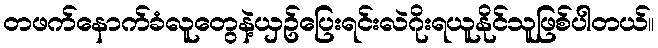
တဖက်နောက်ခံလူတွေနဲ့ယှဥ်ပြေးရင်းလဲဂိုးရယူနိုင်သူဖြစ်ပါတယ်။